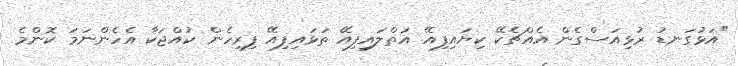
"އަޅުގަނޑު ރުޅިއަސްގެން އެއްޗެކޭ ކިޔައިފިއޭ އަތްލައިފިއޭ ތަޅައިފިއޭ ފިރިހެން ކުއްޖަކާ އެހެންނަމަ ކޮންމެ